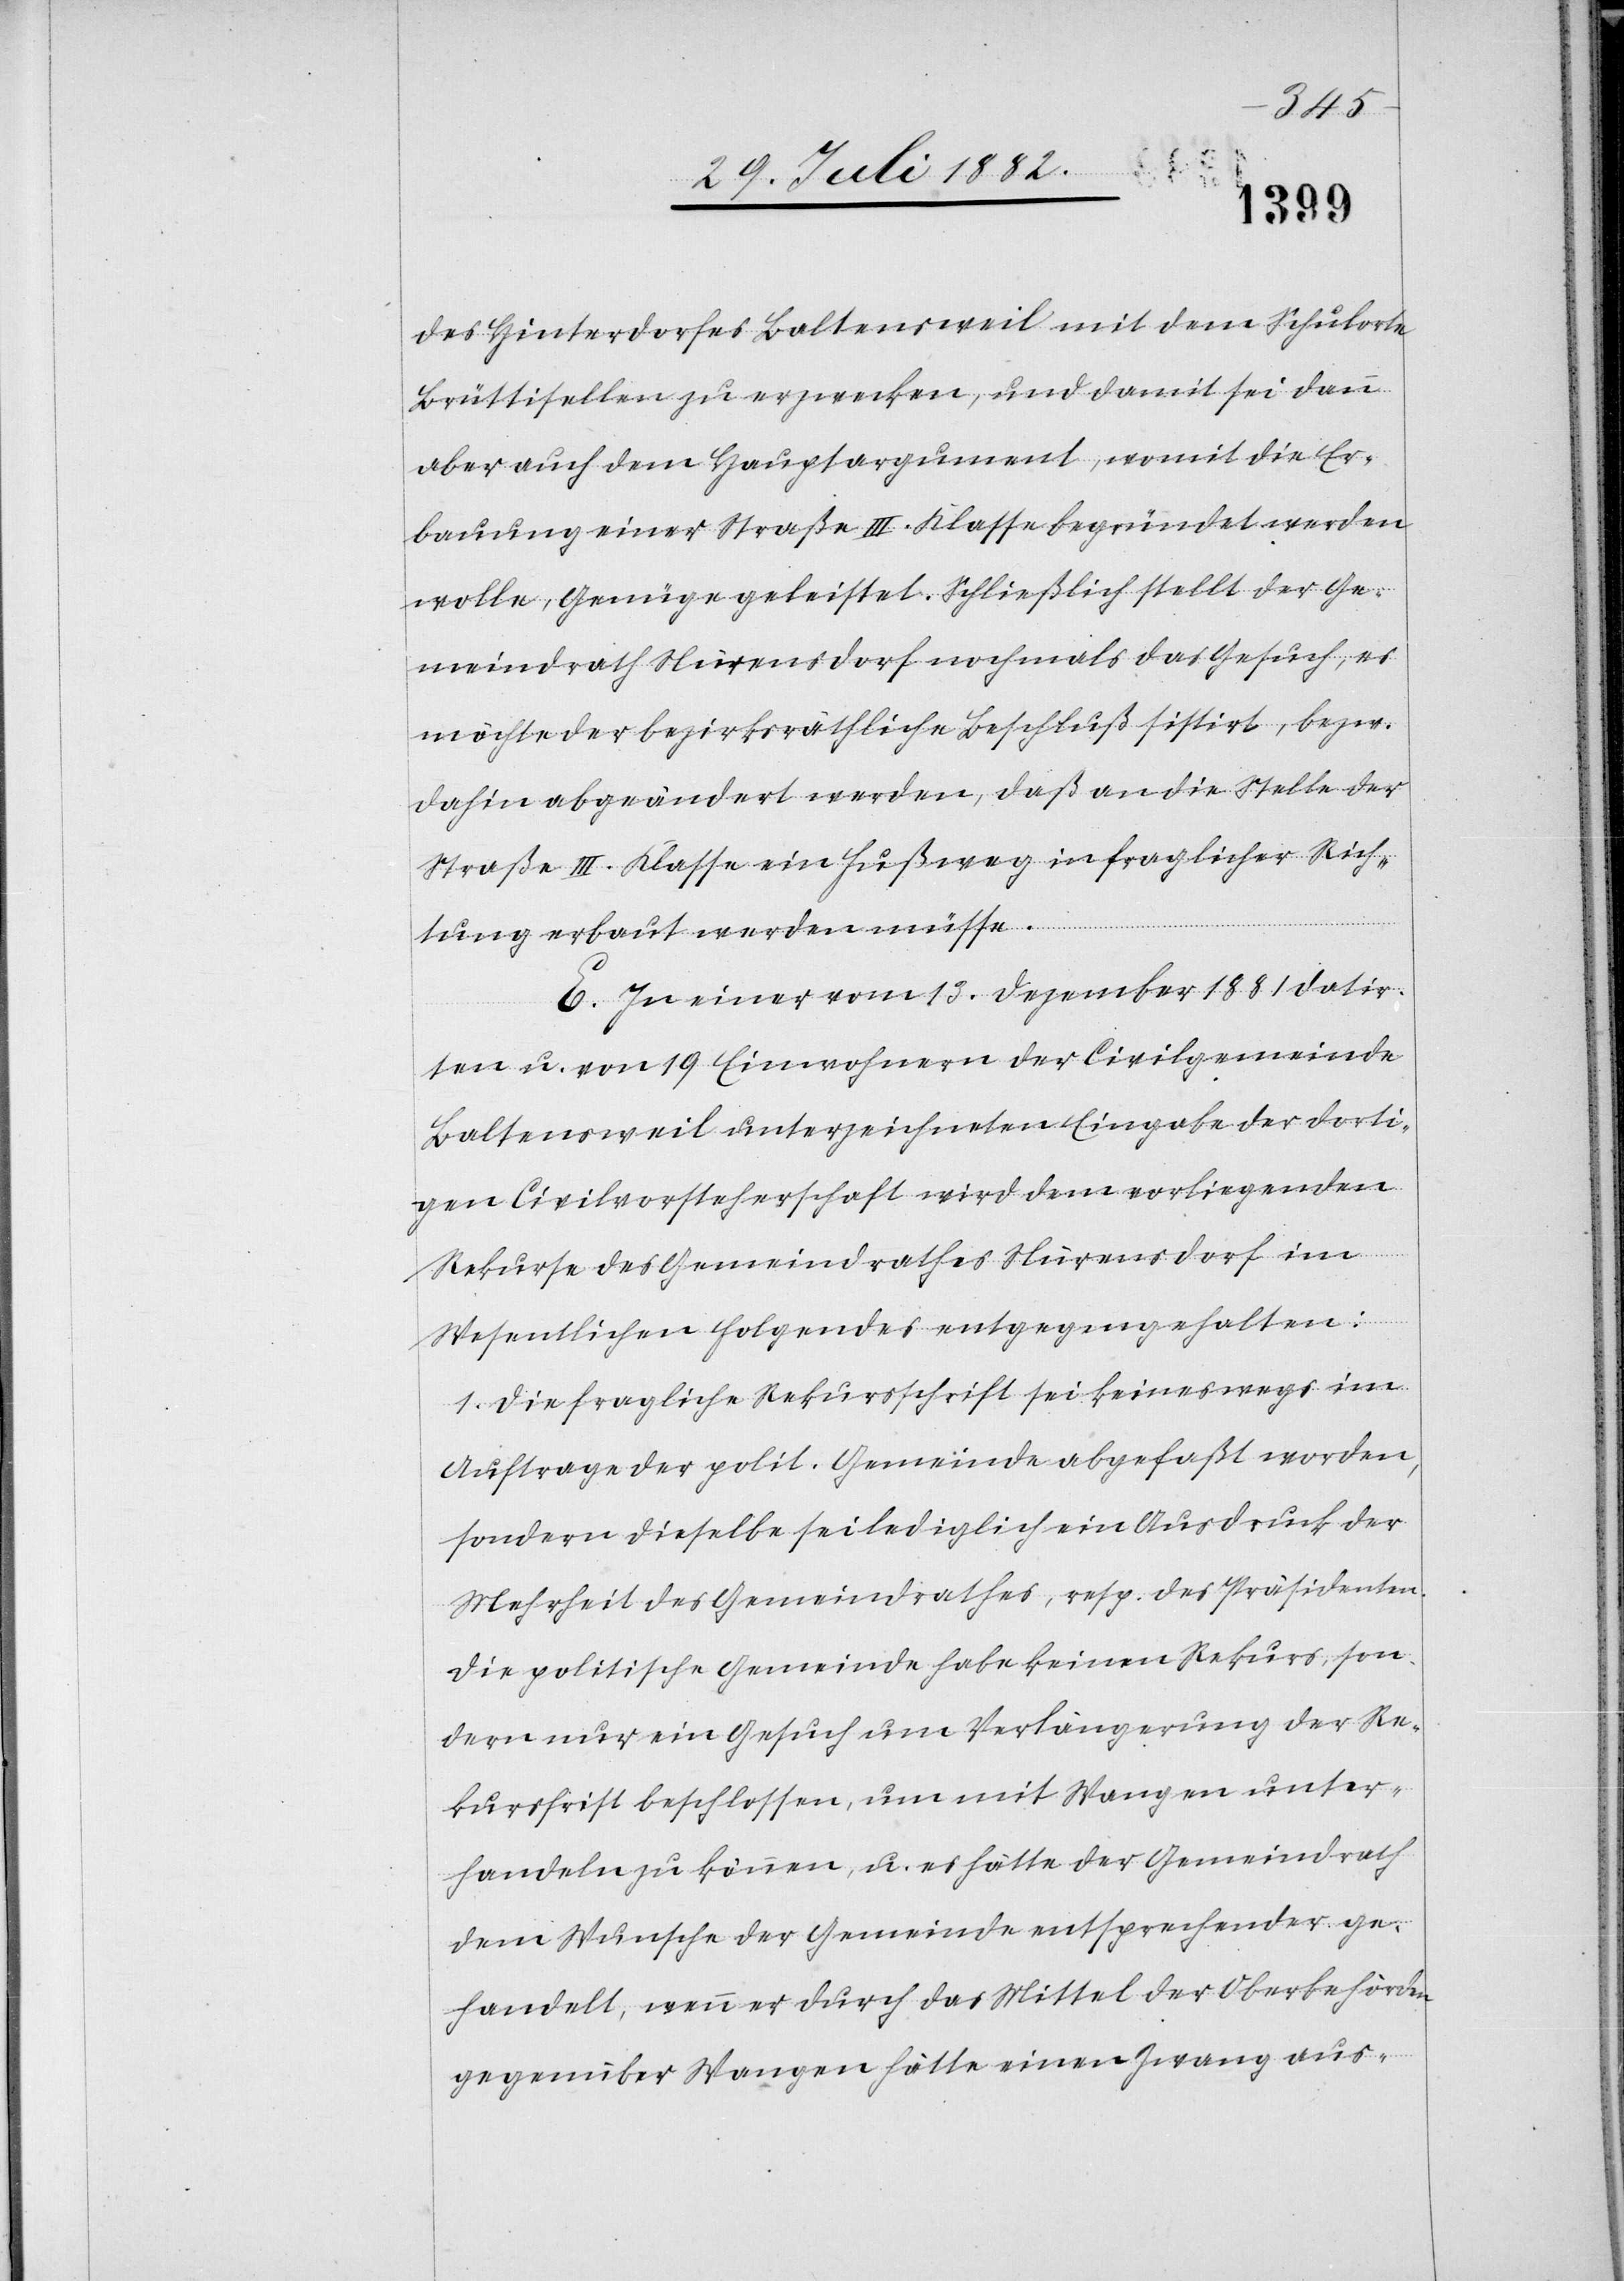
des Hinterdorfes Baltensweil mit dem Schulorte
Brüttisellen zu erzwecken, und damit sei dann
aber auch dem Hauptargument, womit die Er¬
bauung einer Straße III. Klasse begründet werden
wolle, Genüge geleistet. Schließlich stellt der Ge¬
meindrath Nürensdorf nochmals das Gesuch, es
möchte der bezirksräthliche Beschluß sistirt, bezw.
dahin abgeändert werden, daß an die Stelle der
Straße III. Klasse ein Fußweg in fraglicher Rich¬
tung erbaut werden müsse.
E. In einer vom 13. Dezember 1881 datir¬
ten u. von 19 Einwohnern der Civilgemeinde
Baltensweil unterzeichneten Eingabe der dorti¬
gen Civilvorsteherschaft wird dem vorliegenden
Rekurse des Gemeindrathes Nürensdorf im
Wesentlichen Folgendes entgegen gehalten:
1. Die fragliche Rekursschrift sei keineswegs im
Auftrage der polit. Gemeinde abgefaßt worden,
sondern dieselbe sei lediglich ein Ausdruck der
Mehrheit des Gemeindrathes, resp. des Präsidenten.
Die politische Gemeinde habe keinen Rekurs, son¬
dern nur ein Gesuch um Verlängerung der Re¬
kursfrist beschlossen, um mit Wangen unter¬
handeln zu können, u. es hätte der Gemeindrath
dem Wunsche der Gemeinde entsprechender ge¬
handelt, wenn er durch das Mittel der Oberbehörde
gegenüber Wangen hätte einen Zwang aus-